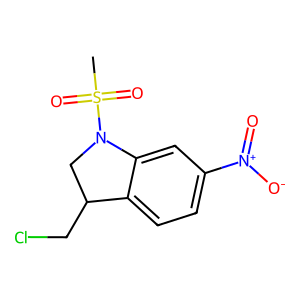
SMILES: CS(=O)(=O)N1CC(CCl)c2ccc([N+](=O)[O-])cc21
Inhibits HIV replication: No